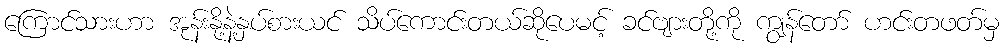
ကြောင်သားဟာ အုန်းနို့နဲ့နှပ်စားယင် သိပ်ကောင်းတယ်ဆိုပေမင့် ခင်ဗျားတို့ကို ကျွန်တော် ဟင်းတဖတ်မှ